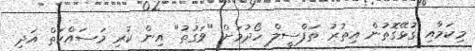
މިކަމާއި ގުޅޭގޮތުން އިތުރު ތަފްސީލް ހޯދުމަށް "ވަގުތު" އިން ކުރި މަސައްކަތް އަދި